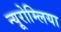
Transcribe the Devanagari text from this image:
न्यूरोम्लिया